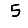
Digit: 5